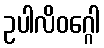
ဥပါလိဝဂ္ဂေါ